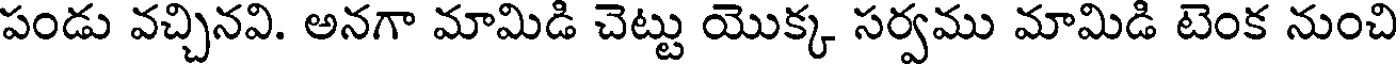
పండు వచ్చినవి. అనగా మామిడి చెట్టు యొక్క సర్వము మామిడి టెంక నుంచి